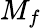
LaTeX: M_{f}